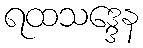
ရထသဒ္ဒေန